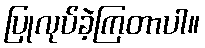
ပြုလုပ်ခဲ့ကြတာပါ။